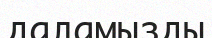
даламызды